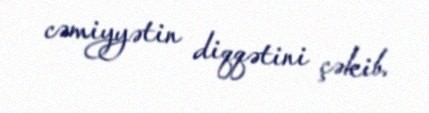
cəmiyyətin diqqətini çəkib.